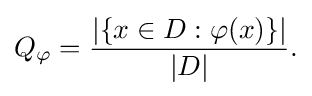
Q_{\varphi }={\frac {|\{x\in D:\varphi (x)\}|}{|D|}}.\,\!